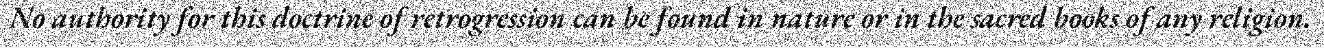
No authority for this doctrine of retrogression can be found in nature or in the sacred books of any religion.